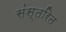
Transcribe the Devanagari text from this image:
संस्तरित